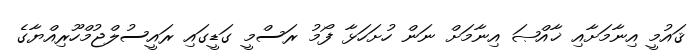
ޤައުމީ އިނާމަށާއި ޚާއްޞަ އިނާމަށް ނަން ހުށަހަޅާ ފޯމު ރަސްމީ ގަޑީގައި ރައީސުލްޖުމްހޫރިއްޔާގެ